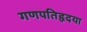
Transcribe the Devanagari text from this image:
गणपतिहृदया